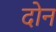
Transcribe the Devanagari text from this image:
दाेन